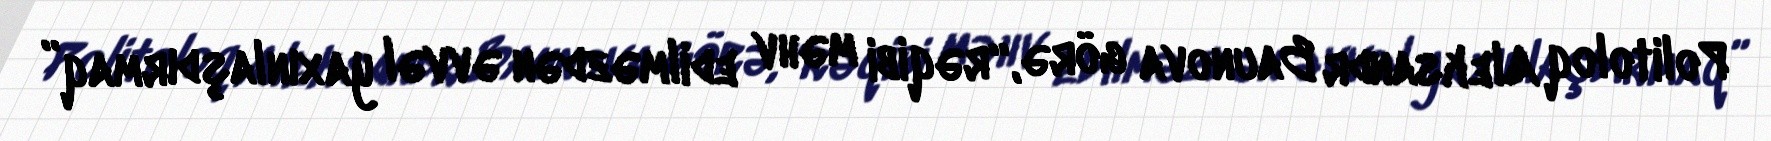
Politoloq Aleksandr Baunova görə, “rəqibi məhv edilməzdən əvvəl yaxınlaşdırmaq”